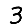
Digit: 3